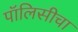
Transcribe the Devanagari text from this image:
पॉलिसीचा